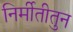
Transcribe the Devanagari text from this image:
निर्मीतीतुन